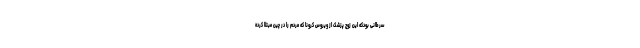
سرطانی بودکه این زوج پزشک از ویروس کرونا که مردم را در چین مبتلا کرده